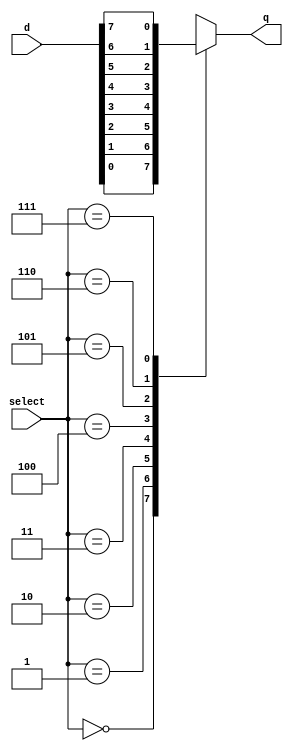

module muxs( select, d, q );

input[2:0] select;
input[7:0] d;
output     q;

reg     q;
wire[2:0] select;
wire[7:0] d;
always @(select)

case(select)
  0: q=d[0];
   1: q=d[1];
    2: q=d[2];
	 3: q=d[3];
	  4: q=d[4];
	   5: q=d[5];
	    6: q=d[6];
		 7: q=d[7];
  

endcase
endmodule